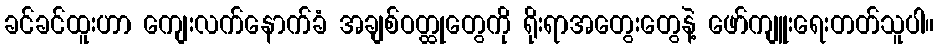
ခင်ခင်ထူးဟာ ကျေးလက်နောက်ခံ အချစ်ဝတ္ထုတွေကို ရိုးရာအတွေးတွေနဲ့ ဖော်ကျူးရေးတတ်သူပါ။